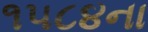
૧૫૮૪ના